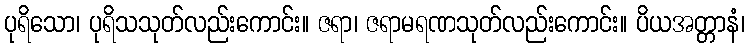
ပုရိသော၊ ပုရိသသုတ်လည်းကောင်း။ ဇရာ၊ ဇရာမရဏသုတ်လည်းကောင်း။ ပိယအတ္တာနံ၊